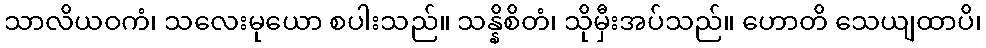
သာလိယဝကံ၊ သလေးမုယော စပါးသည်။ သန္နိစိတံ၊ သိုမှီးအပ်သည်။ ဟောတိ သေယျထာပိ၊